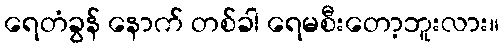
ရေတံခွန် နောက် တစ်ခါ ရေမစီးတော့ဘူးလား။